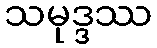
သမုဒ္ဒဿ